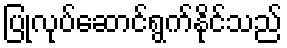
ပြုလုပ်ဆောင်ရွက်နိုင်သည်